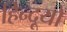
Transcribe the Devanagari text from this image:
हिन्दूयों